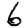
Digit: 6